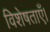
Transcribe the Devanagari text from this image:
विशेषताएँ।